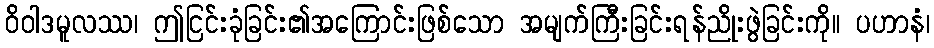
ဝိဝါဒမူလဿ၊ ဤငြင်းခုံခြင်း၏အကြောင်းဖြစ်သော အမျက်ကြီးခြင်းရန်ညိုးဖွဲခြင်းကို။ ပဟာနံ၊